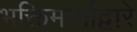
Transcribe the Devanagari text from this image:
भक्तिमार्गाद्वारे